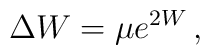
\Delta W = \mu e^{2W}\,,